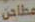
مطاحن